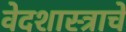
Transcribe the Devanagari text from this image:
वेदशास्त्राचे